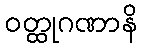
ဝတ္ထုဂဏာနိ